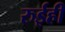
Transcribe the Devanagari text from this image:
रुईही